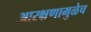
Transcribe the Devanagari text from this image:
आरक्षणामुळेच